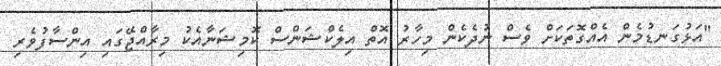
"އަޅުގަނޑުމެން އެއްގޮތަކަށް ވެސް ނުދެކެން މިހާރު އޮތް އިލެކްޝަންސް ކޮމިޝަނާއެކު މިރާއްޖޭގައި އިންސާފުވެރި